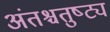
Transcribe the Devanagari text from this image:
अंतश्चतुष्ट्य